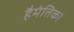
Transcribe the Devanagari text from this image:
हैमंतिक।